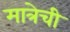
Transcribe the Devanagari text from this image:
मात्रेची